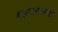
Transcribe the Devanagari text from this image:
बलरामाच्या